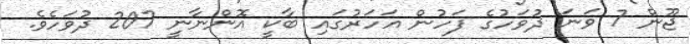
ޖޫން 7 ވަނަ ދުވަހުގެ ފަހުން އަހަރުގައި ބާކީ އޮންނާނީ 207 ދުވަހެވެ.